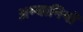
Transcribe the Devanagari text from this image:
अम्बानियों